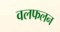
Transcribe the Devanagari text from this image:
वलफलन